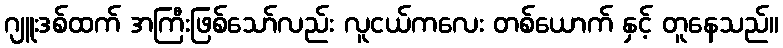
ဂျူးဒစ်ထက် အကြီးဖြစ်သော်လည်း လူငယ်ကလေး တစ်ယောက် နှင့် တူနေသည်။